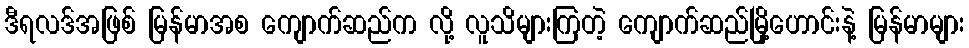
ဒီရလဒ်အဖြစ် မြန်မာအစ ကျောက်ဆည်က လို့ လူသိများကြတဲ့ ကျောက်ဆည်မြို့ဟောင်းနဲ့ မြန်မာများ